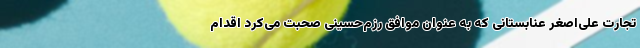
تجارت علی‌اصغر عنابستانی که به عنوان موافق رزم‌حسینی صحبت می‌کرد اقدام